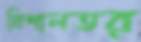
বিশালতর